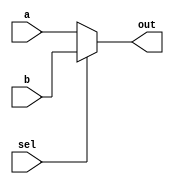
module mux_2by1_wire(
    input a,
    input b,
    input sel,
    output out
);

// 출력이 wire인 이유는 굉장히 passive한 성격을 가져야 하므로.
// 이를 hard-wired 되었다고 한다.   
wire out;

// assign out = 1'b1; // (비트수)'(binary)(값)
// registor transfer level : 레지스터에서 정보가 전달이 되는 걸 표현한 코드
assign out = sel ? b : a;

endmodule